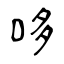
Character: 哆